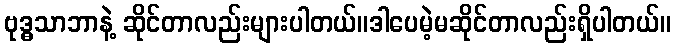
ဗုဒ္ဓသာဘာနဲ့ ဆိုင်တာလည်းများပါတယ်။ဒါပေမဲ့မဆိုင်တာလည်းရှိပါတယ်။